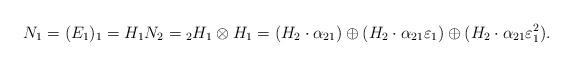
LaTeX: \begin{align*}N_1 = (E_1)_1 = H_1 N_2 = {_2H_1}\otimes H_1 = (H_2 \cdot \alpha_{21})\oplus (H_2 \cdot \alpha_{21} \varepsilon_1) \oplus (H_2\cdot \alpha_{21} \varepsilon_1^2).\end{align*}